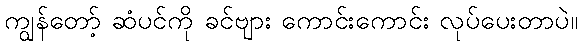
ကျွန်တော့် ဆံပင်ကို ခင်ဗျား ကောင်းကောင်း လုပ်ပေးတာပဲ။